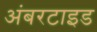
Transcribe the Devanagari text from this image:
अंबरटाइड